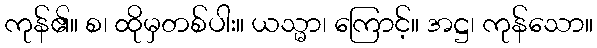
ကုန်၏။ စ၊ ထိုမှတစ်ပါး။ ယသ္မာ၊ ကြောင့်။ အဋ္ဌ၊ ကုန်သော။